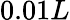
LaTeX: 0.01L